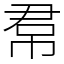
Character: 帬